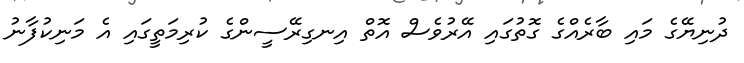
ދުނިޔޭގެ މައި ބާރެއްގެ ގޮތުގައި އޭރުވެސް އޮތް އިނގިރޭސީންގެ ކުރިމަތީގައި އެ މަނިކުފާނު